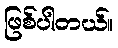
ဖြစ်ပါတယ်။